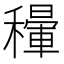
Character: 𥣐